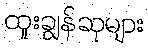
ထူးချွန်ဆုများ